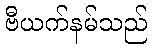
ဗီယက်နမ်သည်